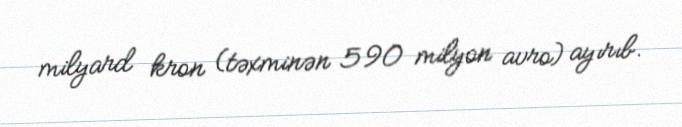
milyard kron (təxminən 590 milyon avro) ayırıb.